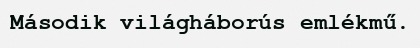
Második világháborús emlékmű.